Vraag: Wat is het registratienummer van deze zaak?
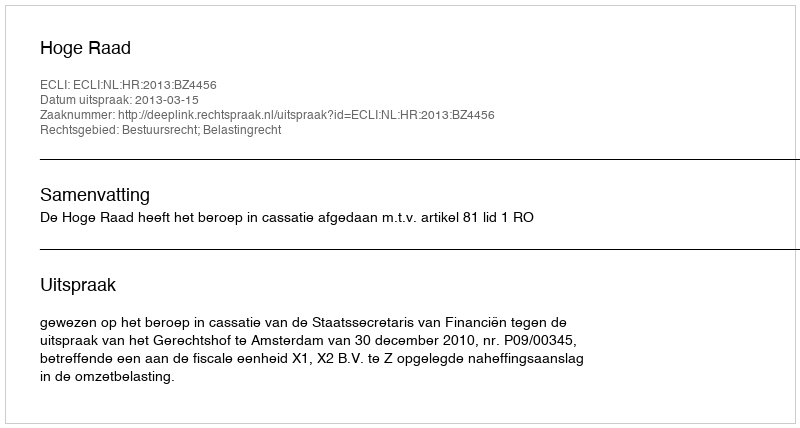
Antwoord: http://deeplink.rechtspraak.nl/uitspraak?id=ECLI:NL:HR:2013:BZ4456